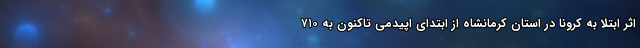
اثر ابتلا به کرونا در استان کرمانشاه از ابتدای اپیدمی تاکنون به ۷۱۰